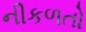
નીકળતો